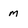
Character: m